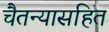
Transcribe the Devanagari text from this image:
चैतन्यासहित